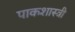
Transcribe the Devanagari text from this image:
पाकशास्त्री